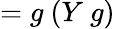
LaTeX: =g\ (Y\ g)